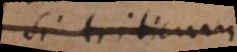
si triticum